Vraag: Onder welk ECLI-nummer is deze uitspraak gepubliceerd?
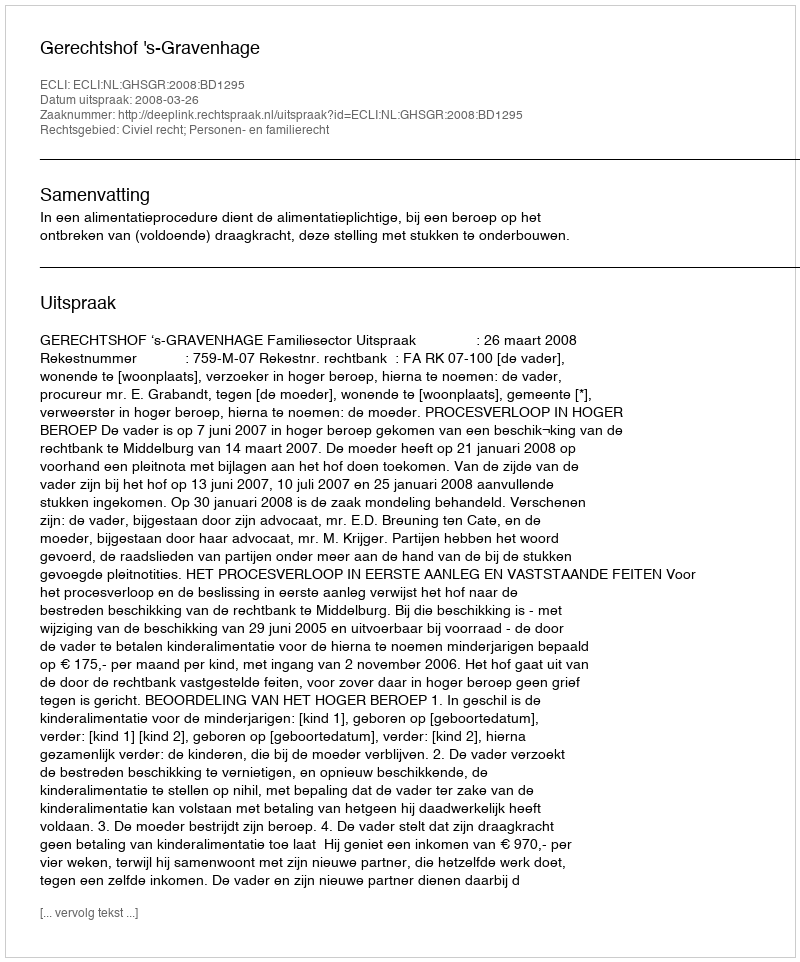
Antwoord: ECLI:NL:GHSGR:2008:BD1295